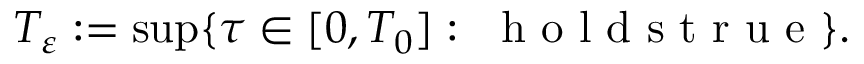
\begin{array} { r } { T _ { \varepsilon } : = \operatorname* { s u p } \{ \tau \in [ 0 , T _ { 0 } ] : \ \mathrm { ~ h ~ o ~ l ~ d ~ s ~ t ~ r ~ u ~ e ~ } \} . } \end{array}